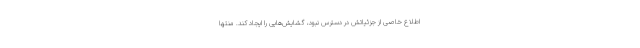
اطلاع خاصی از جزئیاتش در دسترس نبود، گشایش‌هایی را ایجاد کند. منتها